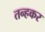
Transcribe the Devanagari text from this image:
तन्हकर